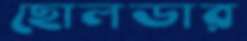
ছোলডার